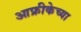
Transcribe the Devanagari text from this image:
आफ्रीकेच्या